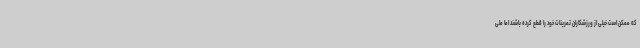
که ممکن است خیلی از ورزشکاران تمرینات خود را قطع کرده باشند اما ملی